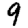
Digit: 9